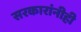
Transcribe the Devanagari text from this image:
सरकारांनीही